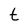
Character: t